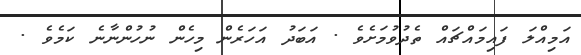
އަމިއްލަ ފައިމައްޗައް ތެދުވުމަށެވެ . އަބަދު އަހަރެން މިހެން ނުހުންނާނެ ކަމެވެ .